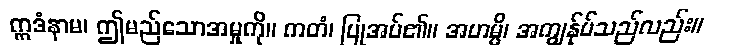
ဣဒံနာမ၊ ဤမည်သောအမှုကို။ ကတံ၊ ပြုအပ်၏။ အဟမ္ပိ၊ အကျွန်ုပ်သည်လည်း။